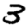
Digit: 3